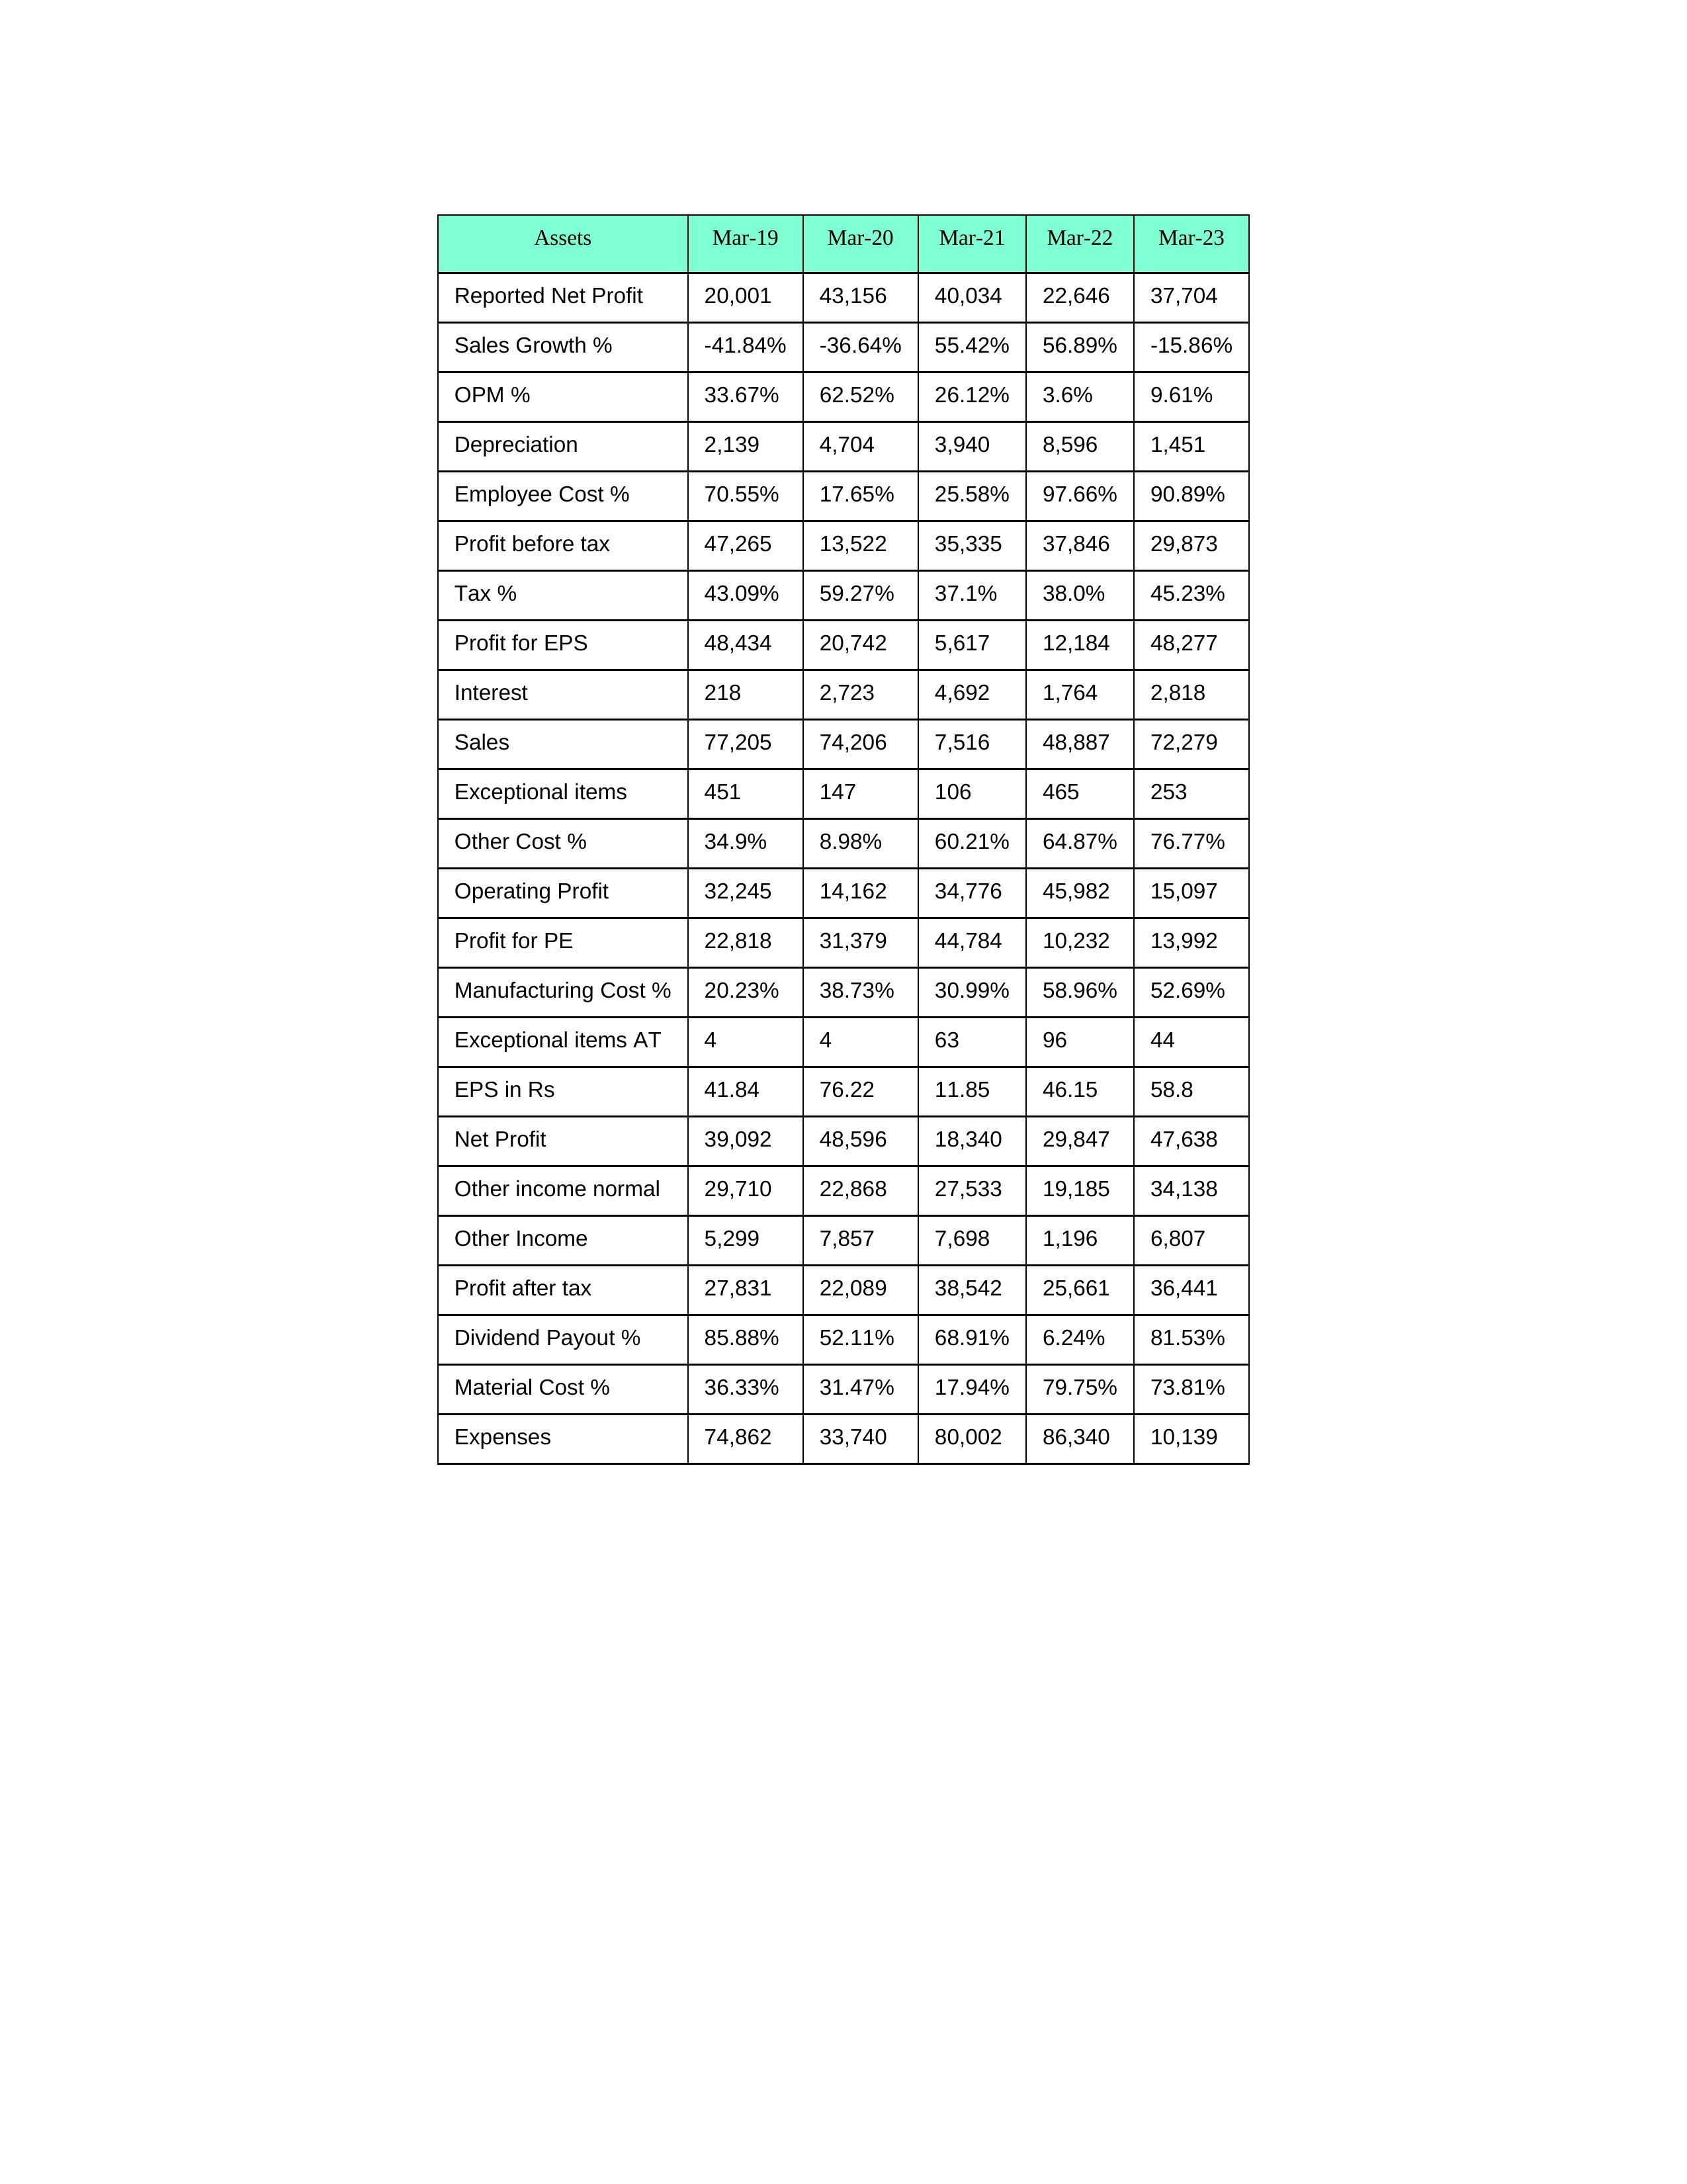
gt_parse: Mar-19: Sales: 77,205
Sales Growth %: -41.84%
Expenses: 74,862
Material Cost %: 36.33%
Manufacturing Cost %: 20.23%
Employee Cost %: 70.55%
Other Cost %: 34.9%
Operating Profit: 32,245
OPM %: 33.67%
Other Income: 5,299
Exceptional items: 451
Other income normal: 29,710
Interest: 218
Depreciation: 2,139
Profit before tax: 47,265
Tax %: 43.09%
Net Profit: 39,092
Profit after tax: 27,831
Reported Net Profit: 20,001
Profit for EPS: 48,434
Exceptional items AT: 4
Profit for PE: 22,818
EPS in Rs: 41.84
Dividend Payout %: 85.88%
Mar-20: Sales: 74,206
Sales Growth %: -36.64%
Expenses: 33,740
Material Cost %: 31.47%
Manufacturing Cost %: 38.73%
Employee Cost %: 17.65%
Other Cost %: 8.98%
Operating Profit: 14,162
OPM %: 62.52%
Other Income: 7,857
Exceptional items: 147
Other income normal: 22,868
Interest: 2,723
Depreciation: 4,704
Profit before tax: 13,522
Tax %: 59.27%
Net Profit: 48,596
Profit after tax: 22,089
Reported Net Profit: 43,156
Profit for EPS: 20,742
Exceptional items AT: 4
Profit for PE: 31,379
EPS in Rs: 76.22
Dividend Payout %: 52.11%
Mar-21: Sales: 7,516
Sales Growth %: 55.42%
Expenses: 80,002
Material Cost %: 17.94%
Manufacturing Cost %: 30.99%
Employee Cost %: 25.58%
Other Cost %: 60.21%
Operating Profit: 34,776
OPM %: 26.12%
Other Income: 7,698
Exceptional items: 106
Other income normal: 27,533
Interest: 4,692
Depreciation: 3,940
Profit before tax: 35,335
Tax %: 37.1%
Net Profit: 18,340
Profit after tax: 38,542
Reported Net Profit: 40,034
Profit for EPS: 5,617
Exceptional items AT: 63
Profit for PE: 44,784
EPS in Rs: 11.85
Dividend Payout %: 68.91%
Mar-22: Sales: 48,887
Sales Growth %: 56.89%
Expenses: 86,340
Material Cost %: 79.75%
Manufacturing Cost %: 58.96%
Employee Cost %: 97.66%
Other Cost %: 64.87%
Operating Profit: 45,982
OPM %: 3.6%
Other Income: 1,196
Exceptional items: 465
Other income normal: 19,185
Interest: 1,764
Depreciation: 8,596
Profit before tax: 37,846
Tax %: 38.0%
Net Profit: 29,847
Profit after tax: 25,661
Reported Net Profit: 22,646
Profit for EPS: 12,184
Exceptional items AT: 96
Profit for PE: 10,232
EPS in Rs: 46.15
Dividend Payout %: 6.24%
Mar-23: Sales: 72,279
Sales Growth %: -15.86%
Expenses: 10,139
Material Cost %: 73.81%
Manufacturing Cost %: 52.69%
Employee Cost %: 90.89%
Other Cost %: 76.77%
Operating Profit: 15,097
OPM %: 9.61%
Other Income: 6,807
Exceptional items: 253
Other income normal: 34,138
Interest: 2,818
Depreciation: 1,451
Profit before tax: 29,873
Tax %: 45.23%
Net Profit: 47,638
Profit after tax: 36,441
Reported Net Profit: 37,704
Profit for EPS: 48,277
Exceptional items AT: 44
Profit for PE: 13,992
EPS in Rs: 58.8
Dividend Payout %: 81.53%